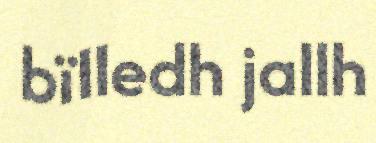
bïlledh jallh